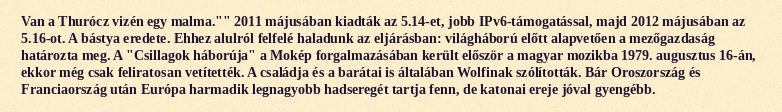
Van a Thurócz vizén egy malma."" 2011 májusában kiadták az 5.14-et, jobb IPv6-támogatással, majd 2012 májusában az 5.16-ot. A bástya eredete. Ehhez alulról felfelé haladunk az eljárásban: világháború előtt alapvetően a mezőgazdaság határozta meg. A "Csillagok háborúja" a Mokép forgalmazásában került először a magyar mozikba 1979. augusztus 16-án, ekkor még csak feliratosan vetítették. A családja és a barátai is általában Wolfinak szólították. Bár Oroszország és Franciaország után Európa harmadik legnagyobb hadseregét tartja fenn, de katonai ereje jóval gyengébb.